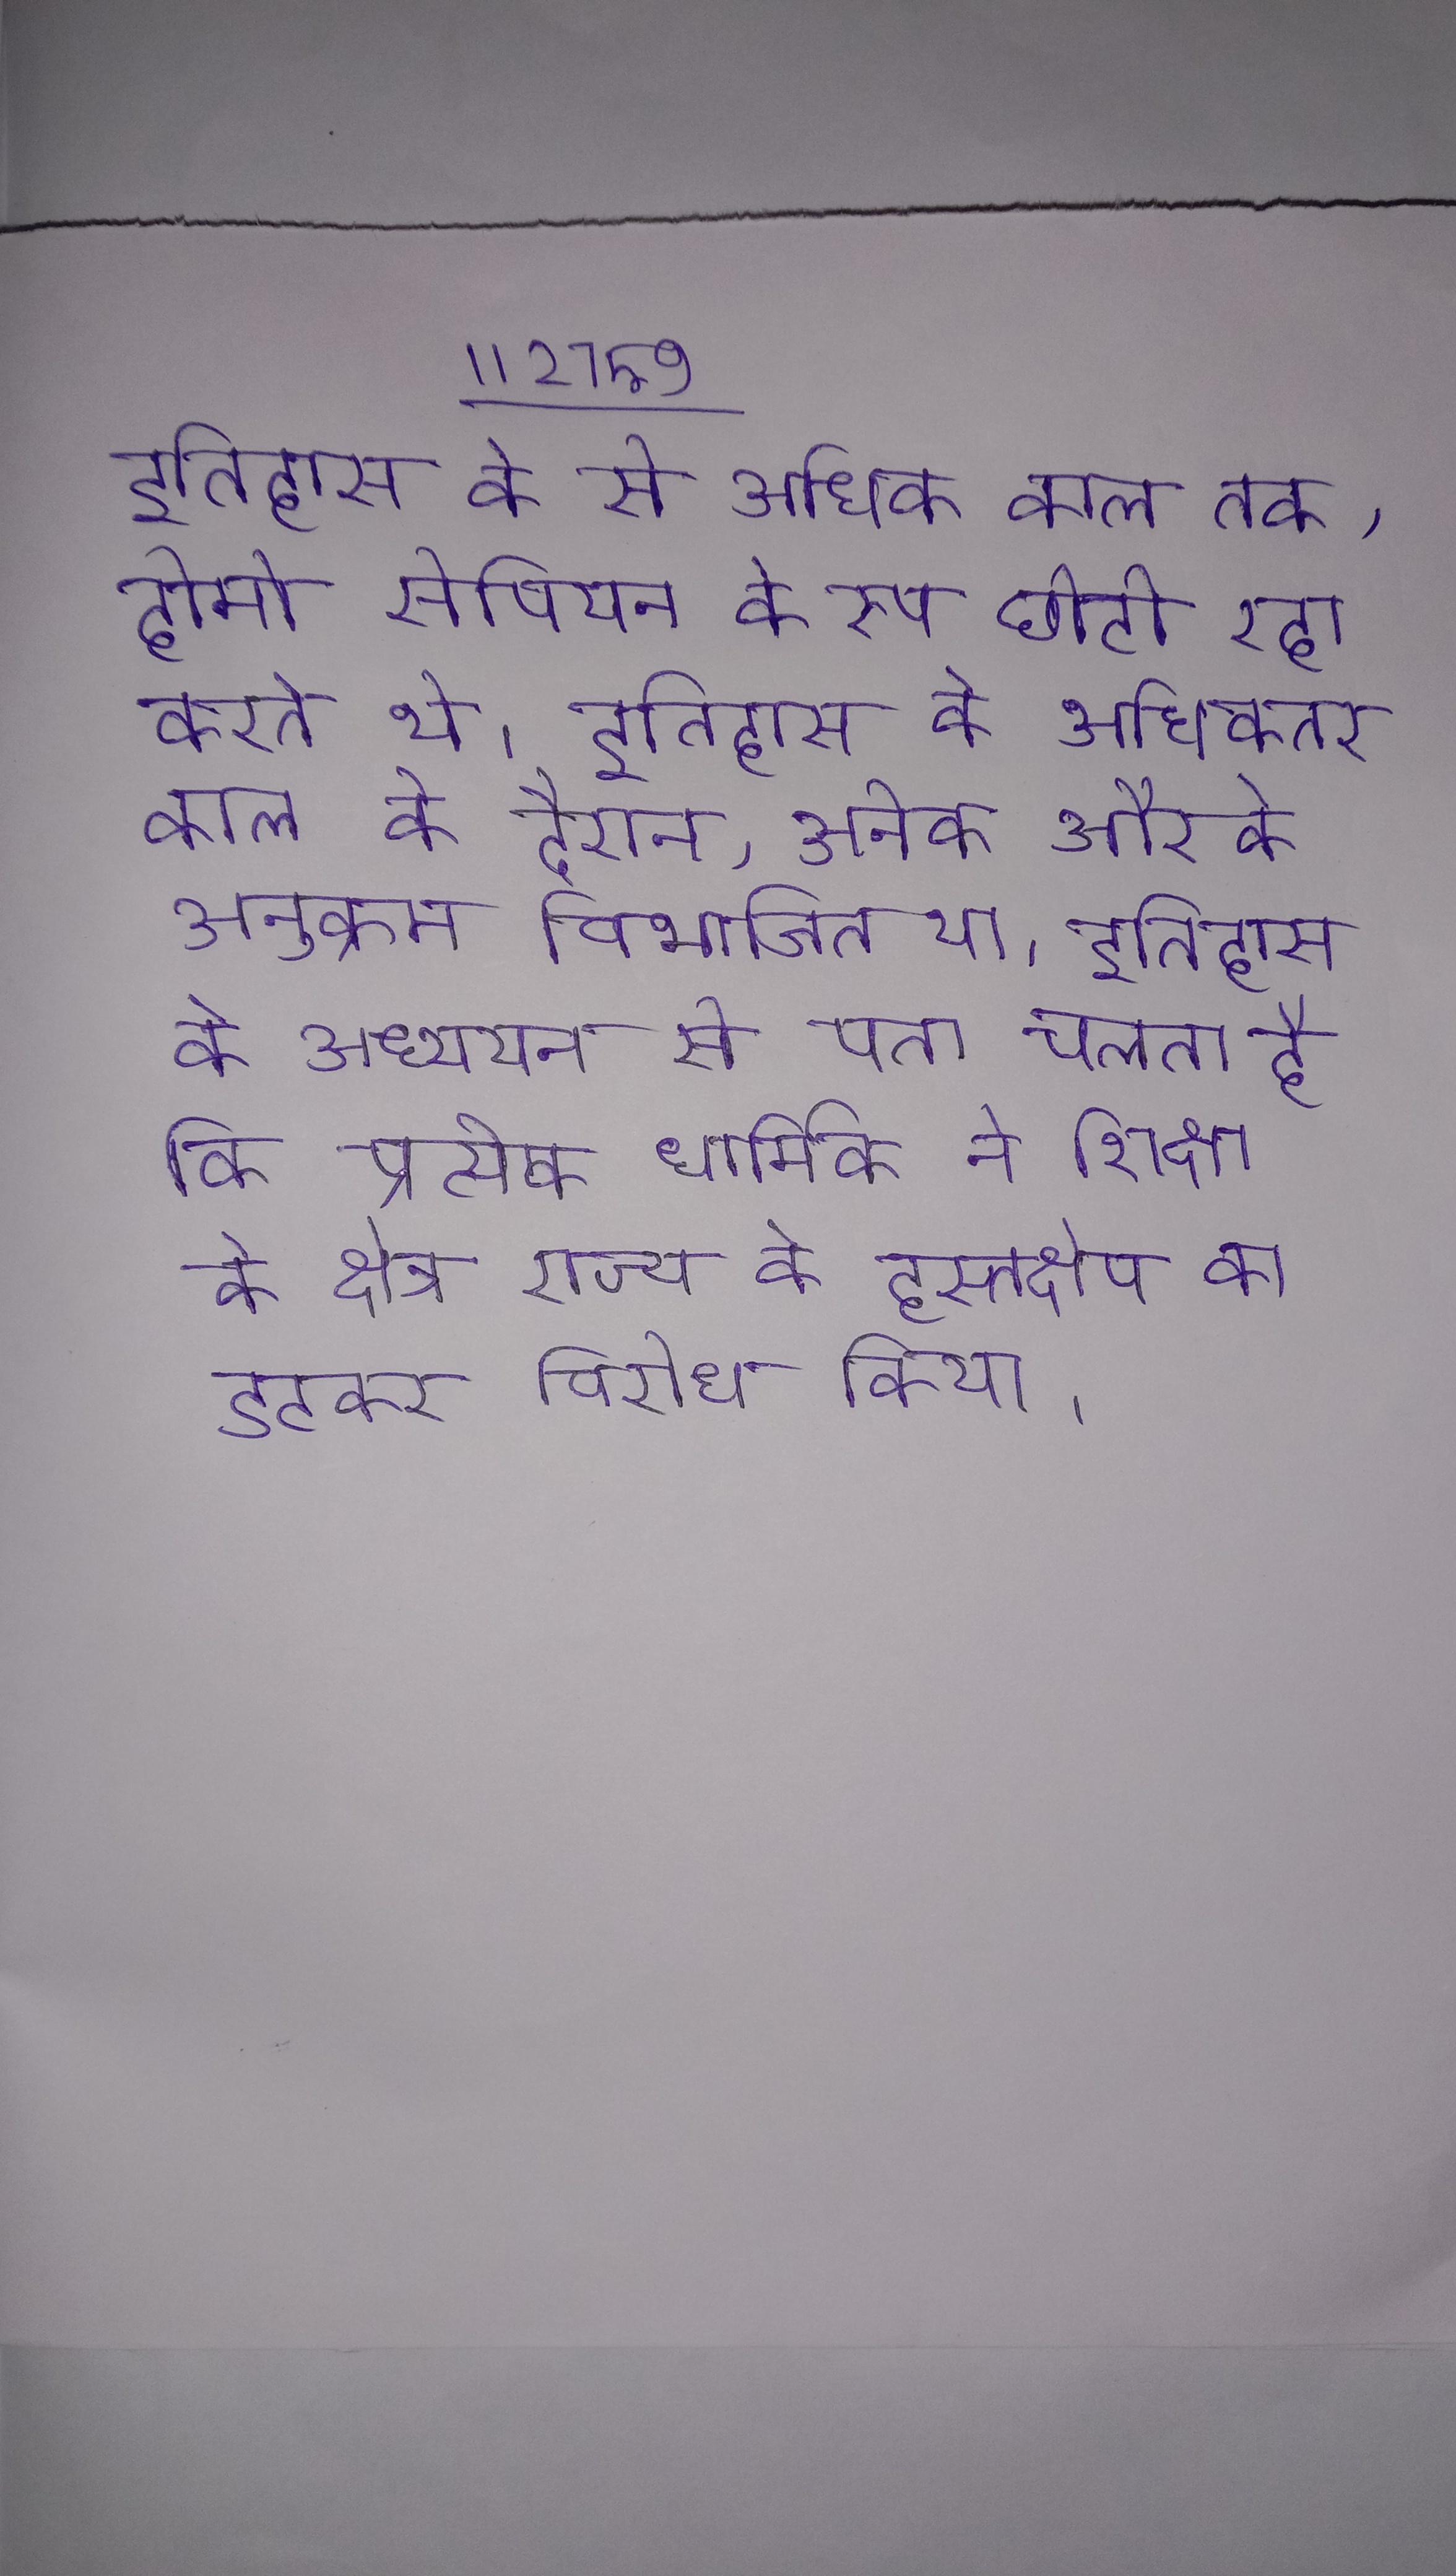
इतिहास के से अधिक काल तक, होमो सेपियन के रूप छोटी रहा करते थे । इतिहास के अधिकतर काल के दौरान, अनेक और के अनुक्रम विभाजित था । इतिहास के अध्ययन से पता चलता है कि प्रत्येक धार्मिक ने शिक्षा के क्षेत्र राज्य के हस्तक्षेप का डटकर विरोध किया ।